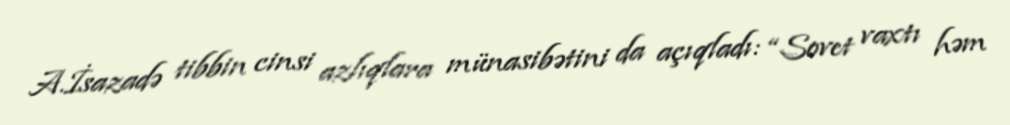
A.İsazadə tibbin cinsi azlıqlara münasibətini da açıqladı: “Sovet vaxtı həm